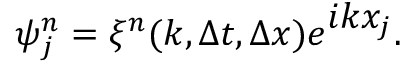
\psi _ { j } ^ { n } = \xi ^ { n } ( k , \Delta t , \Delta x ) e ^ { \textstyle i k x _ { j } } .